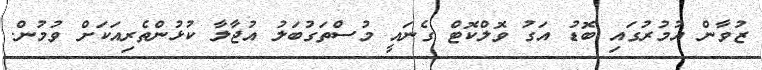
ޒުވާން އުމުރުގައި ބޮޑު އަގު ވޮލްކޮޓް ގެނައީ މުސްތަގުބަލު އުޖާލާ ކުޅުންތެރިއަކަށް ވުމުން.